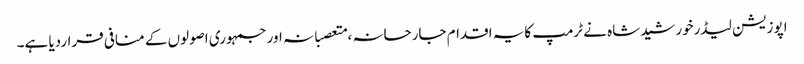
اپوزیشن لیڈرخورشیدشاہ نے ٹرمپ کایہ اقدام جارحانہ ،متعصبانہ اورجمہوری اصولوں کے منافی قراردیا ہے۔